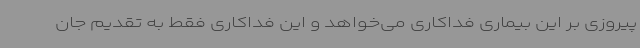
پیروزی بر این بیماری فداکاری می‌خواهد و این فداکاری فقط به تقدیم جان